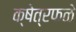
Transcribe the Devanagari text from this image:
क्षेत्रफळे